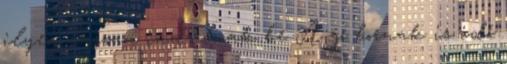
ilyen lassan indulnak be A jó bornak is idő